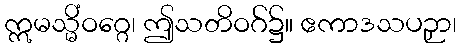
ဣမသ္မိံဝဂ္ဂေ၊ ဤသတိဝဂ်၌။ ဧကာဒသပဉှာ၊